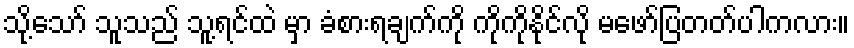
သို့သော် သူသည် သူ့ရင်ထဲ မှာ ခံစားရချက်ကို ကိုကိုနိုင်လို မဖော်ပြတတ်ပါကလား။